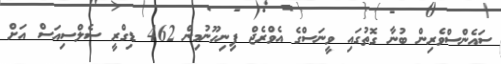
ސައެންސްވެރިން ބުނާ ގޮތުގައި ވީނަސްގެ އެވްރެޖް ފިނިހޫނުމިން 462 ޑިގްރީ ސެލްސިއަސް އަށް